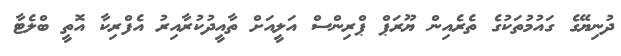
ދުނިޔޭގެ ގައުމުތަކުގެ ތެރެއިން ޔޫރަޕް ޕްރިންސް އަލީއަށް ތާއީދުކުރާއިރު އެފްރިކާ އޮތީ ބްލެޓާ